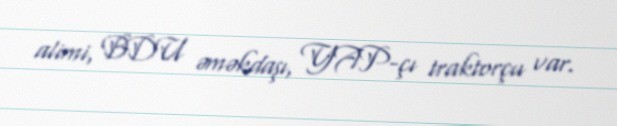
alimi, BDU əməkdaşı, YAP-çı traktorçu var.